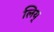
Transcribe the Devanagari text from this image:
लिय्